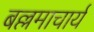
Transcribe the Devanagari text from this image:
बल्लमाचार्य